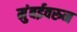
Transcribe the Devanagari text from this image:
मुंबईवरुन